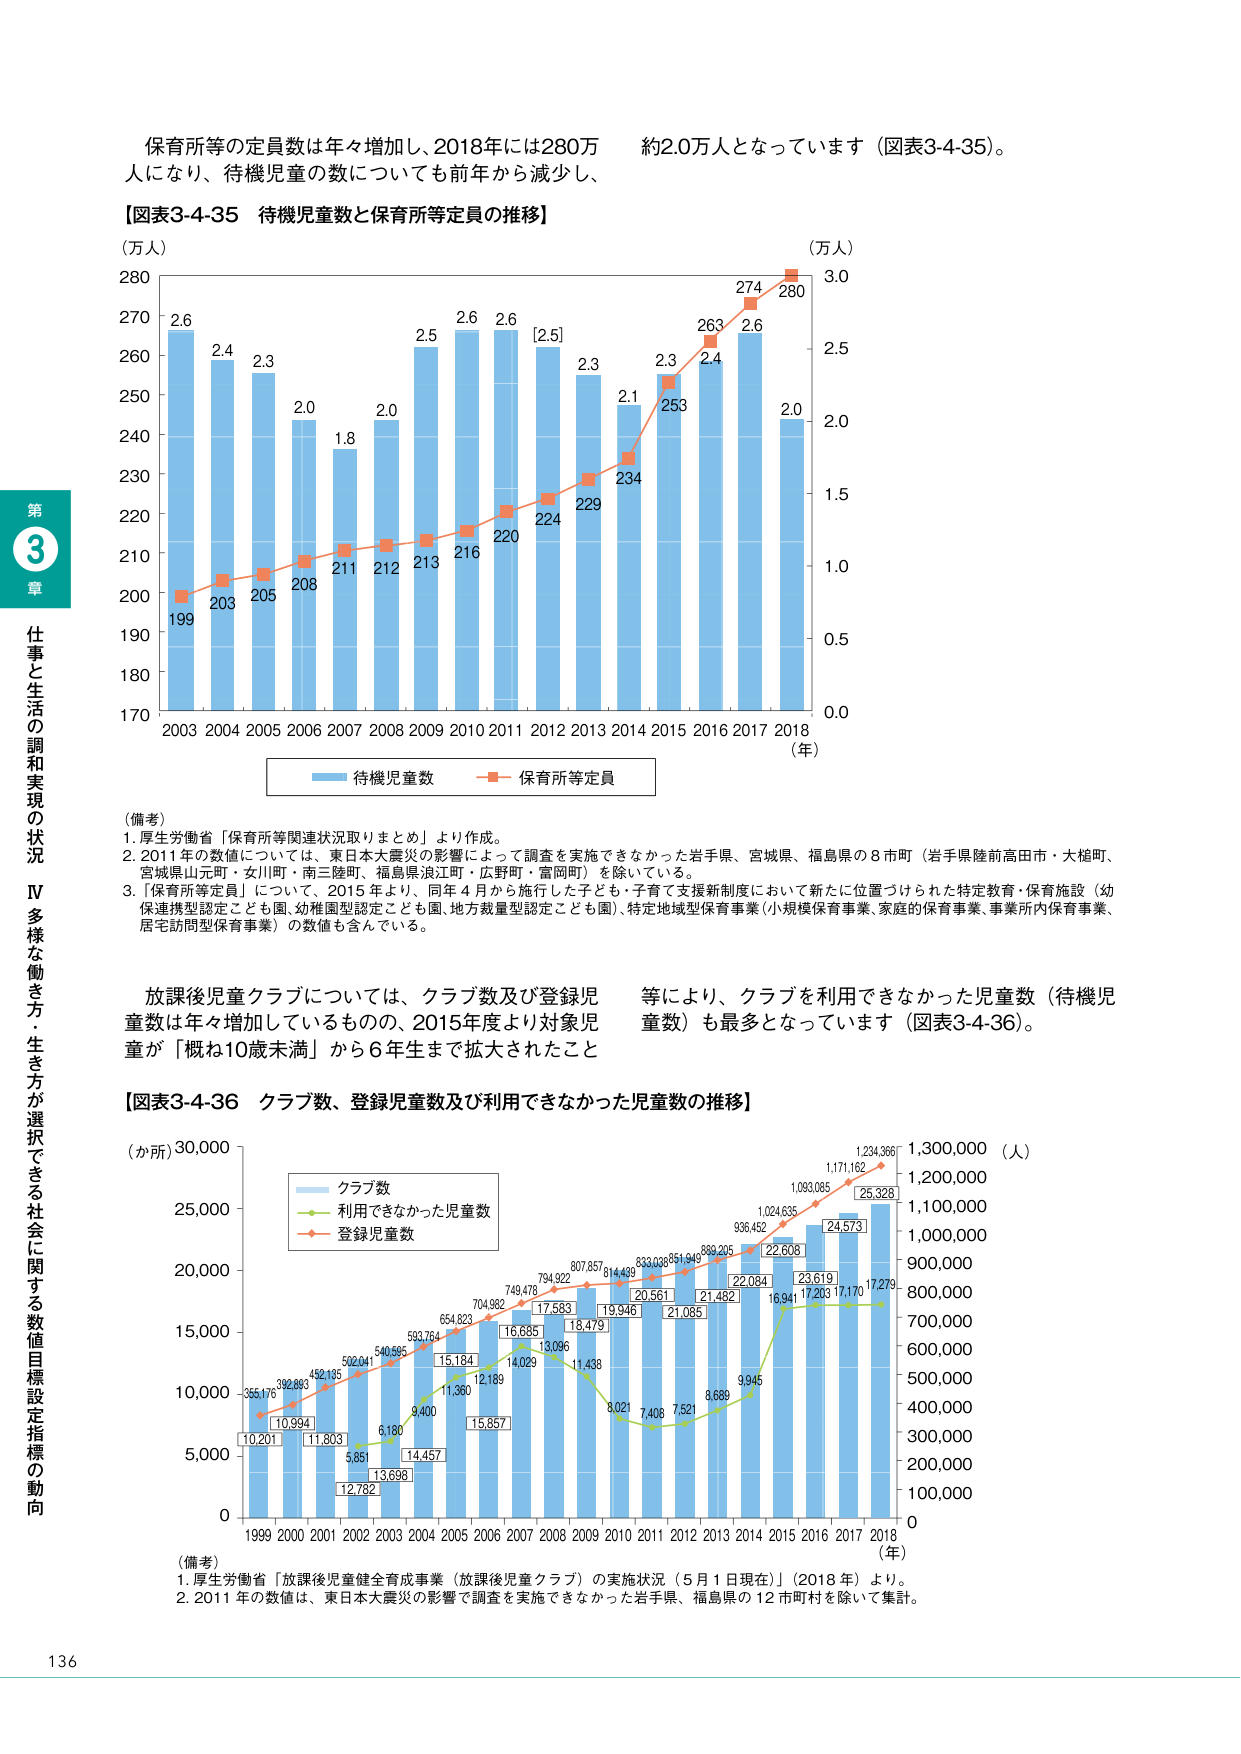
保育所等の定員数は年々増加し、2018年には280万人になり、待機児童の数についても前年から減少し、約2.0万人となっています（図表3-4-35）。

【図表3-4-35 待機児童数と保育所等定員の推移】

（万人）
280
270
260
250
240
230
220
210
200
190
180
170

2003 2004 2005 2006 2007 2008 2009 2010 2011 2012 2013 2014 2015 2016 2017 2018
（年）

（万人）
3.0
2.5
2.0
1.5
1.0
0.5
0.0

2.6
2.4
2.3
2.0
1.8
2.0
2.5
2.6
2.6
[2.5]
2.3
2.1
2.3
2.4
2.6
2.0

199
203
205
208
211
212
213
216
220
224
229
234
253
263
274
280

■ 待機児童数
■ 保育所等定員

（備考）
1. 厚生労働省「保育所等関連状況取りまとめ」より作成。
2. 2011年の数値については、東日本大震災の影響によって調査を実施できなかった岩手県、宮城県、福島県の8市町（岩手県陸前高田市・大槌町、宮城県山元町・女川町・南三陸町、福島県浪江町・広野町・富岡町）を除いている。
3. 「保育所等定員」については、2015年より、同年4月から施行した子ども・子育て支援新制度において新たに位置づけられた特定教育・保育施設（幼保連携型認定こども園、幼稚園型認定こども園、地方数量型認定こども園）、特定地域型保育事業（小規模保育事業、家庭的保育事業、事業所内保育事業、居宅訪問型保育事業）の数値も含んでいる。

放課後児童クラブについては、クラブ数及び登録児童数は年々増加しているものの、2015年度より対象児童が「概ね10歳未満」から6年生まで拡大されたこと等により、クラブを利用できなかった児童数（待機児童数）も最多となっています（図表3-4-36）。

【図表3-4-36 クラブ数、登録児童数及び利用できなかった児童数の推移】

（か所）30,000
25,000
20,000
15,000
10,000
5,000
0

1999 2000 2001 2002 2003 2004 2005 2006 2007 2008 2009 2010 2011 2012 2013 2014 2015 2016 2017 2018
（年）

（人）
1,300,000
1,200,000
1,100,000
1,000,000
900,000
800,000
700,000
600,000
500,000
400,000
300,000
200,000
100,000
0

■ クラブ数
■ 利用できなかった児童数
■ 登録児童数

10,201
10,994
11,803
12,782
13,698
14,457
15,857
16,685
17,583
18,479
19,946
20,561
21,065
22,004
22,608
23,619
24,573
25,328

355,176
392,893
452,135
502,041
540,695
593,764
654,823
704,982
749,478
794,922
807,857
814,499
833,038
851,949
899,205
936,452
1,024,635
1,099,085
1,171,162
1,234,366

5,851
6,180
9,400
11,360
12,189
14,029
13,096
11,438
8,021
7,408
7,521
8,689
9,945
16,941
17,203
17,170
17,279

（備考）
1. 厚生労働省「放課後児童健全育成事業（放課後児童クラブ）の実施状況（5月1日現在）」（2018年）より。
2. 2011年の数値は、東日本大震災の影響で調査を実施できなかった岩手県、福島県の12市町村を除いて集計。

第3章
仕事と生活の調和実現の状況
Ⅳ 多様な働き方・生き方が選択できる社会に関する数値目標設定指標の動向

136